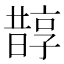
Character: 𣋄